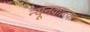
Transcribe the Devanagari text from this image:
न्यूनकारक